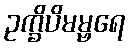
ဥက္ခိပိမမ္ဗရေ